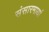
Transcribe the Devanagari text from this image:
संसारमायां